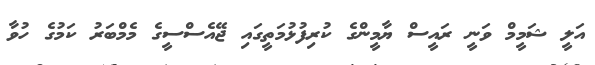
އަލީ ޝަމީމް ވަނީ ރައީސް ޔާމީންގެ ކުރިފުޅުމަތީގައި ޖޭއެސްސީގެ މެމްބަރު ކަމުގެ ހުވާ